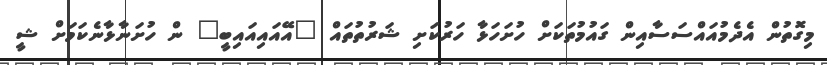
މިގޮތުން އެދެމުއައްސަސާއިން ގައުމުތަކަށް ހުށަހަޅާ ހަރުކަށި ޝަރުތުތައް "އޭއައިއައިބީ" ން ހުށަނާޅާނެކަމަށް ޝީ